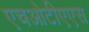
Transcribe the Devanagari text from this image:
एचओटीएएस